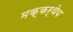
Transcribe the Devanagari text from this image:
मक्कर्थेय